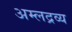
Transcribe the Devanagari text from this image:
अम्लद्रव्य